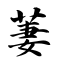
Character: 萋